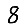
Digit: 8